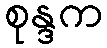
စုန္ဒက